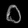
Digit: ၀